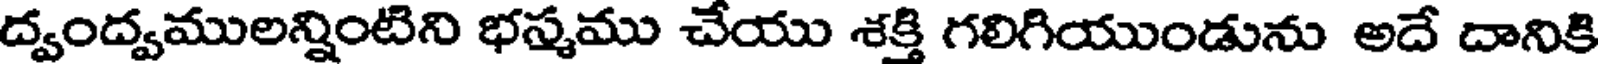
ద్వంద్వములన్నింటిని భస్మము చేయు శక్తి గలిగియుండును అదే దానికి